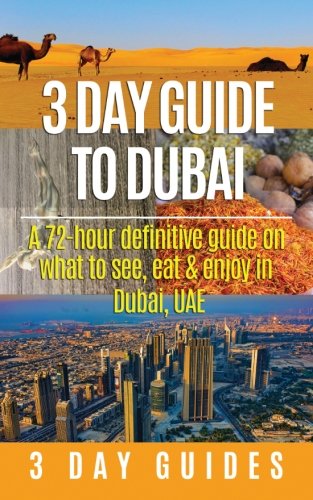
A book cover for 3 Day Guide to Dubai: A 72-hour Definitive Guide on What to See, Eat and Enjoy in Dubai, UAE (3 Day Travel Guides) (Volume 13); 3 Day City Guides; Travel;